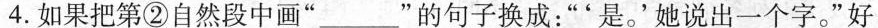
4.如果把第②自然段中画”____”的句子换成：”'是。'她说出一个字。”好